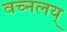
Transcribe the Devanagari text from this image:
वच्नलय्